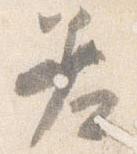
差